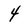
Character: 4